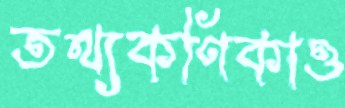
তথ্যকণিকাও